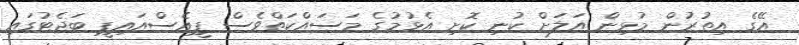
އޭގެ އިތުރުން މުޅިން އަލަށް ކުނި ކޮށި އެޅުމުގެ މަސައްކަތްވެސް ޕީއެސްއައިޕީ ބަޖެޓުގައި